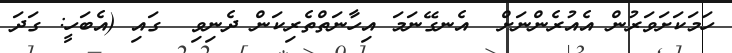
ހަމަކަށަވަރުން އެއުރެންނަށް  އެނގޭނަމަ އިހާނަތްތެރިކަން ދެނިވި  ގައި (އެބަހީ: ގަދަ